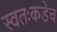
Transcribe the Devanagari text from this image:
स्वतःकडेच